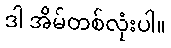
ဒါ အိမ်တစ်လုံးပါ။